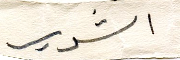
الشوير